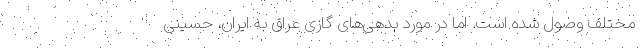
مختلف وصول شده است. اما در مورد بدهی‌های گازی عراق به ایران، حسینی